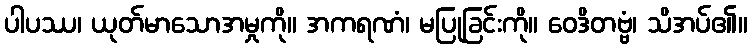
ပါပဿ၊ ယုတ်မာသောအမှုကို။ အကရဏံ၊ မပြုခြင်းကို။ ဝေဒိတဗ္ဗံ၊ သိအပ်၏။